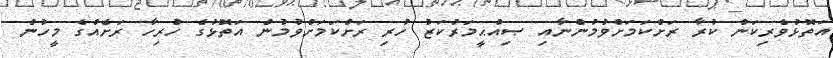
އަތޮޅުވެރިކަން ކުރާ ރަށްކަމަށްވުމުންނާއި ޞިއްޙީމަރުކަޒު ހުރި ރަށްކަމަށްވުމުން އަތޮޅުގެ ހުރިހާ ރަށެއްގެ މީހުން